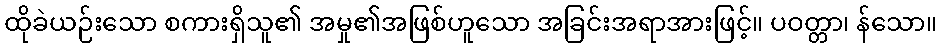
ထိုခဲယဉ်းသော စကားရှိသူ၏ အမှု၏အဖြစ်ဟူသော အခြင်းအရာအားဖြင့်။ ပဝတ္တာ၊ န်သော။